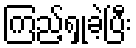
ကြည့်ရှုခဲ့ပြီး